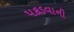
પકડવાની